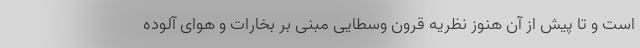
است و تا پیش از آن هنوز نظریه قرون وسطایی مبنی بر بخارات و هوای آلوده